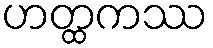
ဟတ္ထကဿ